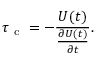
\tau _ { \mathrm { ~ c ~ } } = - \frac { U ( t ) } { \frac { \partial U ( t ) } { \partial t } } .